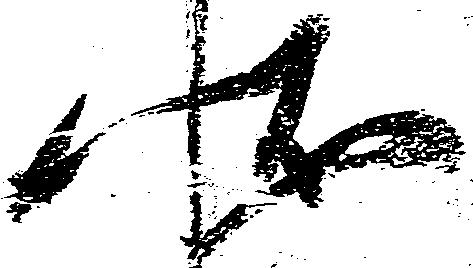
状